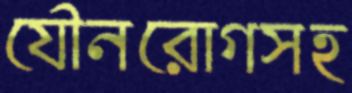
যৌনরোগসহ